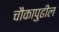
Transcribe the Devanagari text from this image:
चौकापुढील